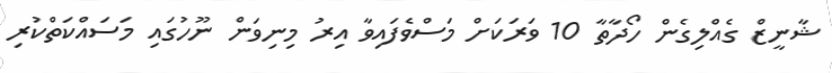
ޝާނީޒް ގެއްލިގެން ހޯދާތާ 10 ވަރަކަށް މަސްވެފައިވާ އިރު މިނިވަން ނޫހުގައި މަސައްކަތްކުރި